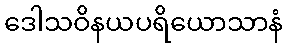
ဒေါသဝိနယပရိယောသာနံ